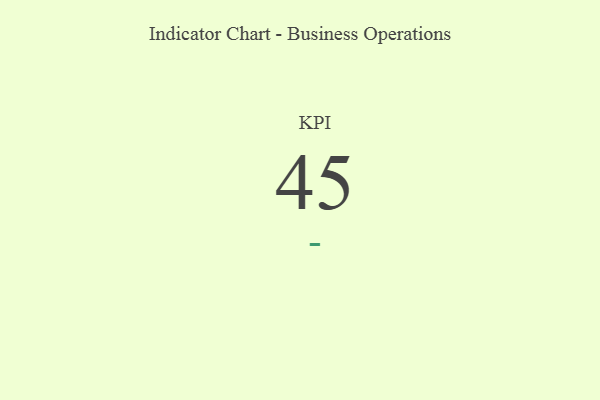
{"axis": {"x": "KPI", "y": "Value"}, "legend": [""], "data": [{"x": "KPI", "y": 45, "type": ""}]}